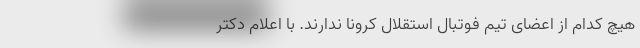
هیچ‌ کدام از اعضای تیم فوتبال استقلال کرونا ندارند. با اعلام دکتر